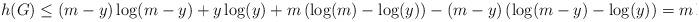
LaTeX: \begin{align*} h(G)\le (m-y)\log(m-y)+y\log(y)+m\left(\log(m)-\log(y)\right)-(m-y)\left(\log(m-y)-\log(y)\right)= m\log m. \end{align*}